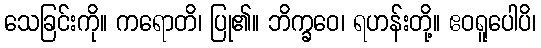
သေခြင်းကို။ ကရောတိ၊ ပြု၏။ ဘိက္ခဝေ၊ ရဟန်းတို့။ ဧဝရူပေါပိ၊